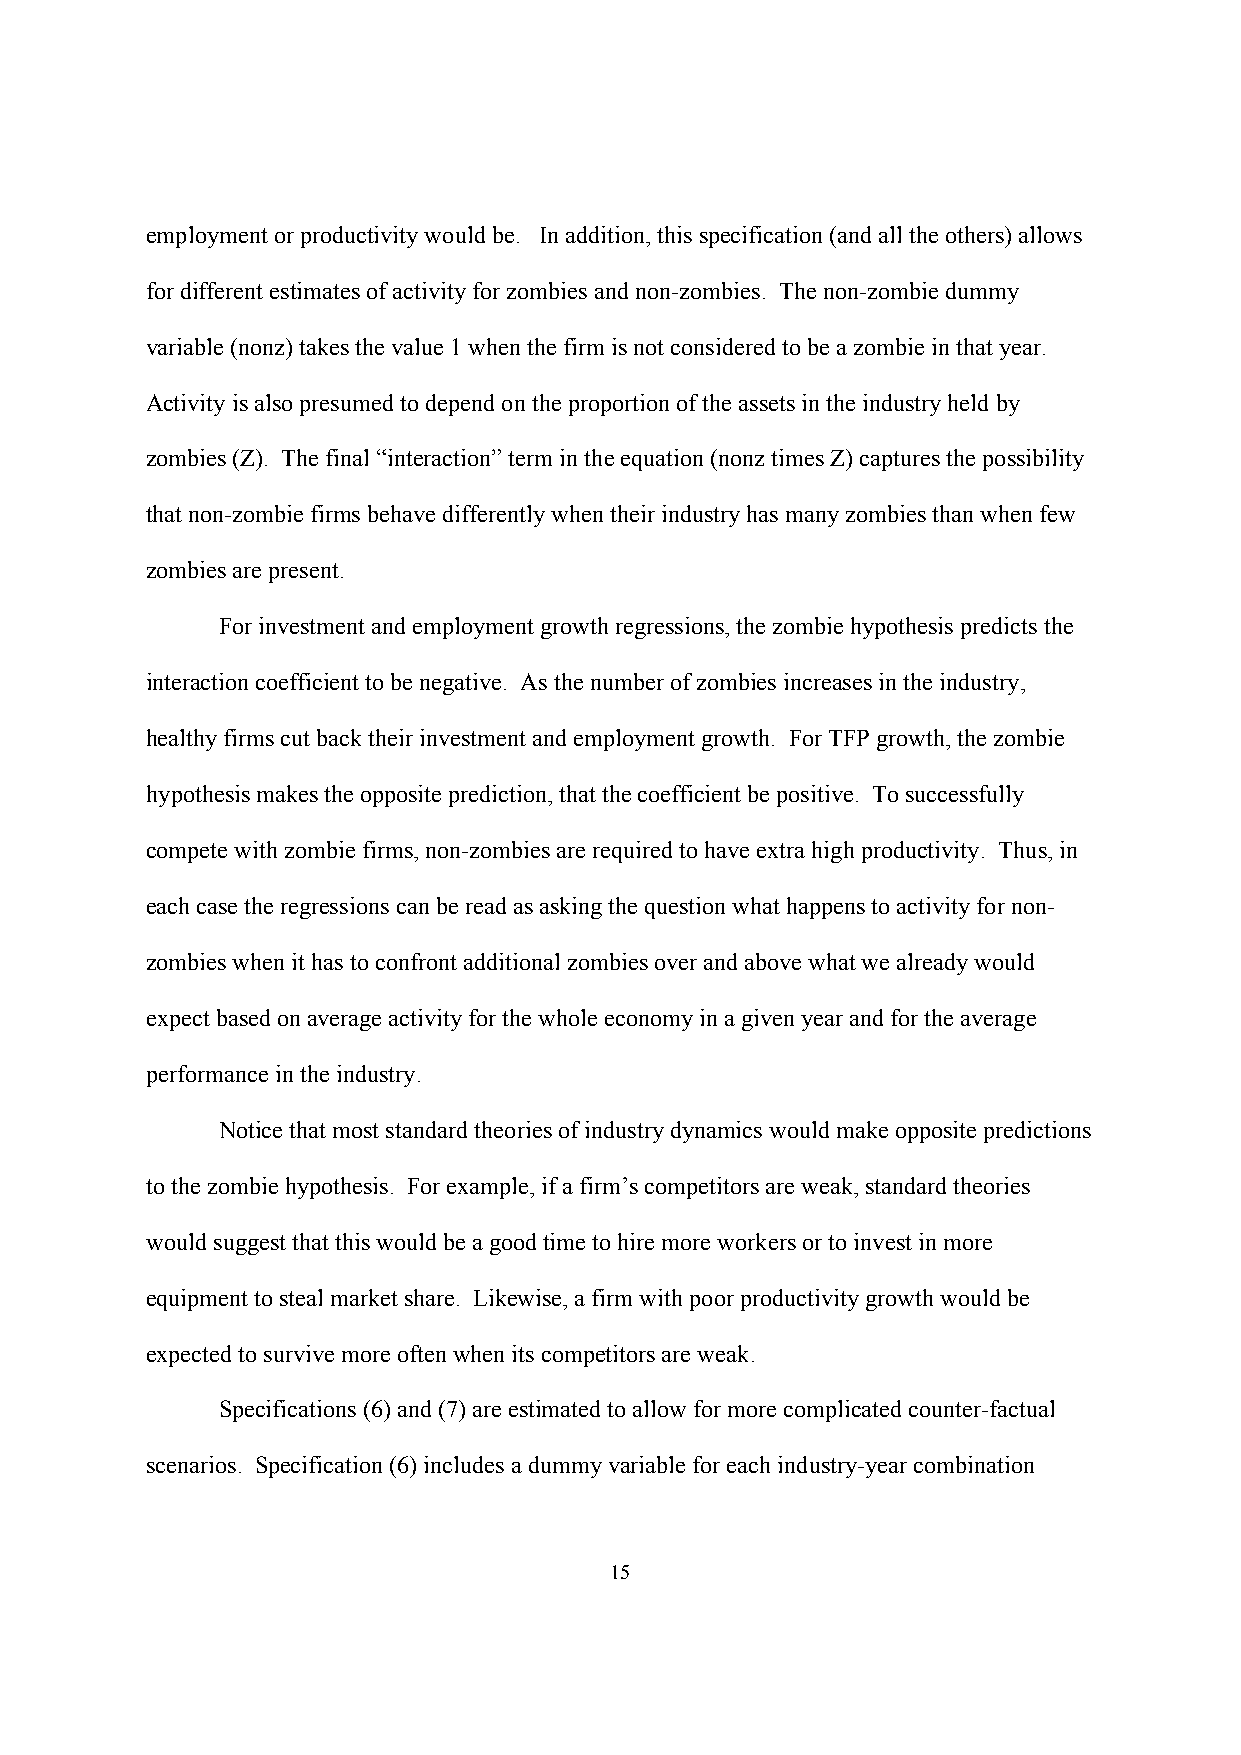
employment or productivity would be. In addition, this specification (and all the others) allows
 for different estimates of activity for zombies and non-zombies. The non-zombie dummy
 variable (nonz) takes the value 1 when the firm is not considered to be a zombie in that year.
 Activity is also presumed to depend on the proportion of the assets in the industry held by
 zombies (Z). The final “interaction” term in the equation (nonz times Z) captures the possibility
 that non-zombie firms behave differently when their industry has many zombies than when few
 zombies are present.
 For investment and employment growth regressions, the zombie hypothesis predicts the
 interaction coefficient to be negative. As the number of zombies increases in the industry,
 healthy firms cut back their investment and employment growth. For TFP growth, the zombie
 hypothesis makes the opposite prediction, that the coefficient be positive. To successfully
 compete with zombie firms, non-zombies are required to have extra high productivity. Thus, in
 each case the regressions can be read as asking the question what happens to activity for non-
 zombies when it has to confront additional zombies over and above what we already would
 expect based on average activity for the whole economy in a given year and for the average
 performance in the industry.
 Notice that most standard theories of industry dynamics would make opposite predictions
 to the zombie hypothesis. For example, if a firm’s competitors are weak, standard theories
 would suggest that this would be a good time to hire more workers or to invest in more
 equipment to steal market share. Likewise, a firm with poor productivity growth would be
 expected to survive more often when its competitors are weak.
 Specifications (6) and (7) are estimated to allow for more complicated counter-factual
 scenarios. Specification (6) includes a dummy variable for each industry-year combination
 15